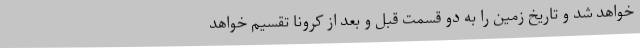
خواهد شد و تاریخ زمین را به دو قسمت قبل و بعد از کرونا تقسیم خواهد